Civil Veterinary Dept. North-West Frontier Province 1933-46 - 1933-1946
Year: 1933
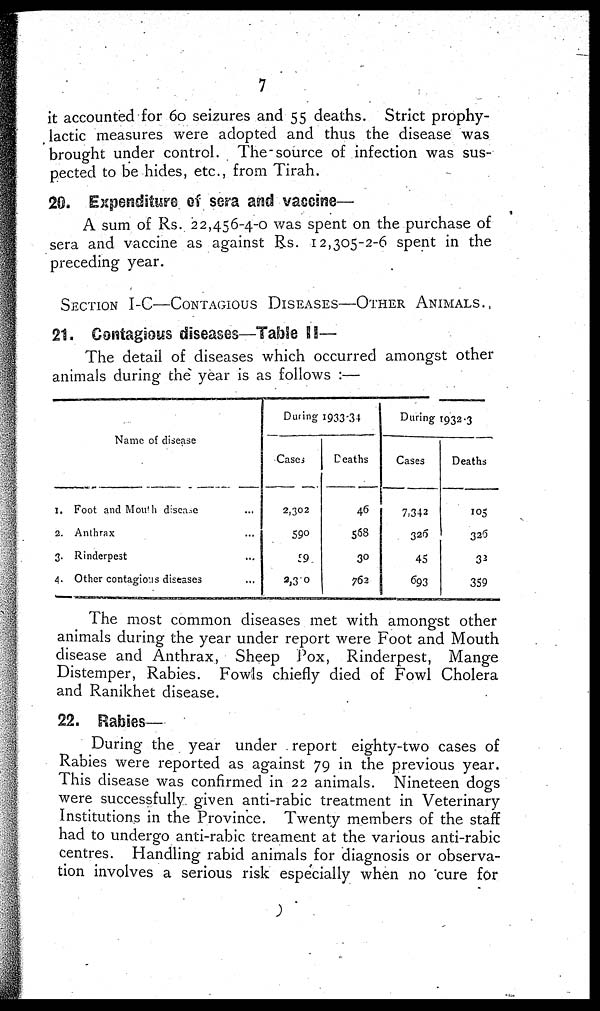
7
it accounted for 60 seizures and 55 deaths. Strict prophy-
lactic measures were adopted and thus the disease was
brought under control. The-source of infection was sus-
pected to be hides, etc., from Tirah.
20. Expenditure of sera and vaccine—
A sum of Rs. 22,456-4-0 was spent on the purchase of
sera and vaccine as against Rs. 12,305-2-6 spent in the
preceding year.
SECTION I-C—CONTAGIOUS DISEASES—OTHER ANIMALS.
21. Contagious diseases—Table II—
The detail of diseases which occurred amongst other
animals during the year is as follows :—
Name of disease
1.
2.
3.
4.
Foot and Mouth disease ...
Anthrax ...
Rinderpest ...
Other contagions diseases ...
During 1933-34
Cases
2,302
590
59
2,3 0
Deaths
46
568
30
762
During 1932-3
Cases
7,342
320
45
693
Deaths
105
336
32
359
The most common diseases met with amongst other
animals during the year under report were Foot and Mouth
disease and Anthrax, Sheep Pox, Rinderpest, Mange
Distemper, Rabies. Fowls chiefly died of Fowl Cholera
and Ranikhet disease.
22. Rabies—
During the year under report eighty-two cases of
Rabies were reported as against 79 in the previous year.
This disease was confirmed in 22 animals. Nineteen dogs
were successfully given anti-rabic treatment in Veterinary
Institutions in the Province. Twenty members of the staff
had to undergo anti-rabic treament at the various anti-rabic
centres. Handling rabid animals for diagnosis or observa-
tion involves a serious risk especially when no cure for